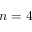
n = 4